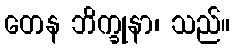
တေန ဘိက္ခုနာ၊ သည်။